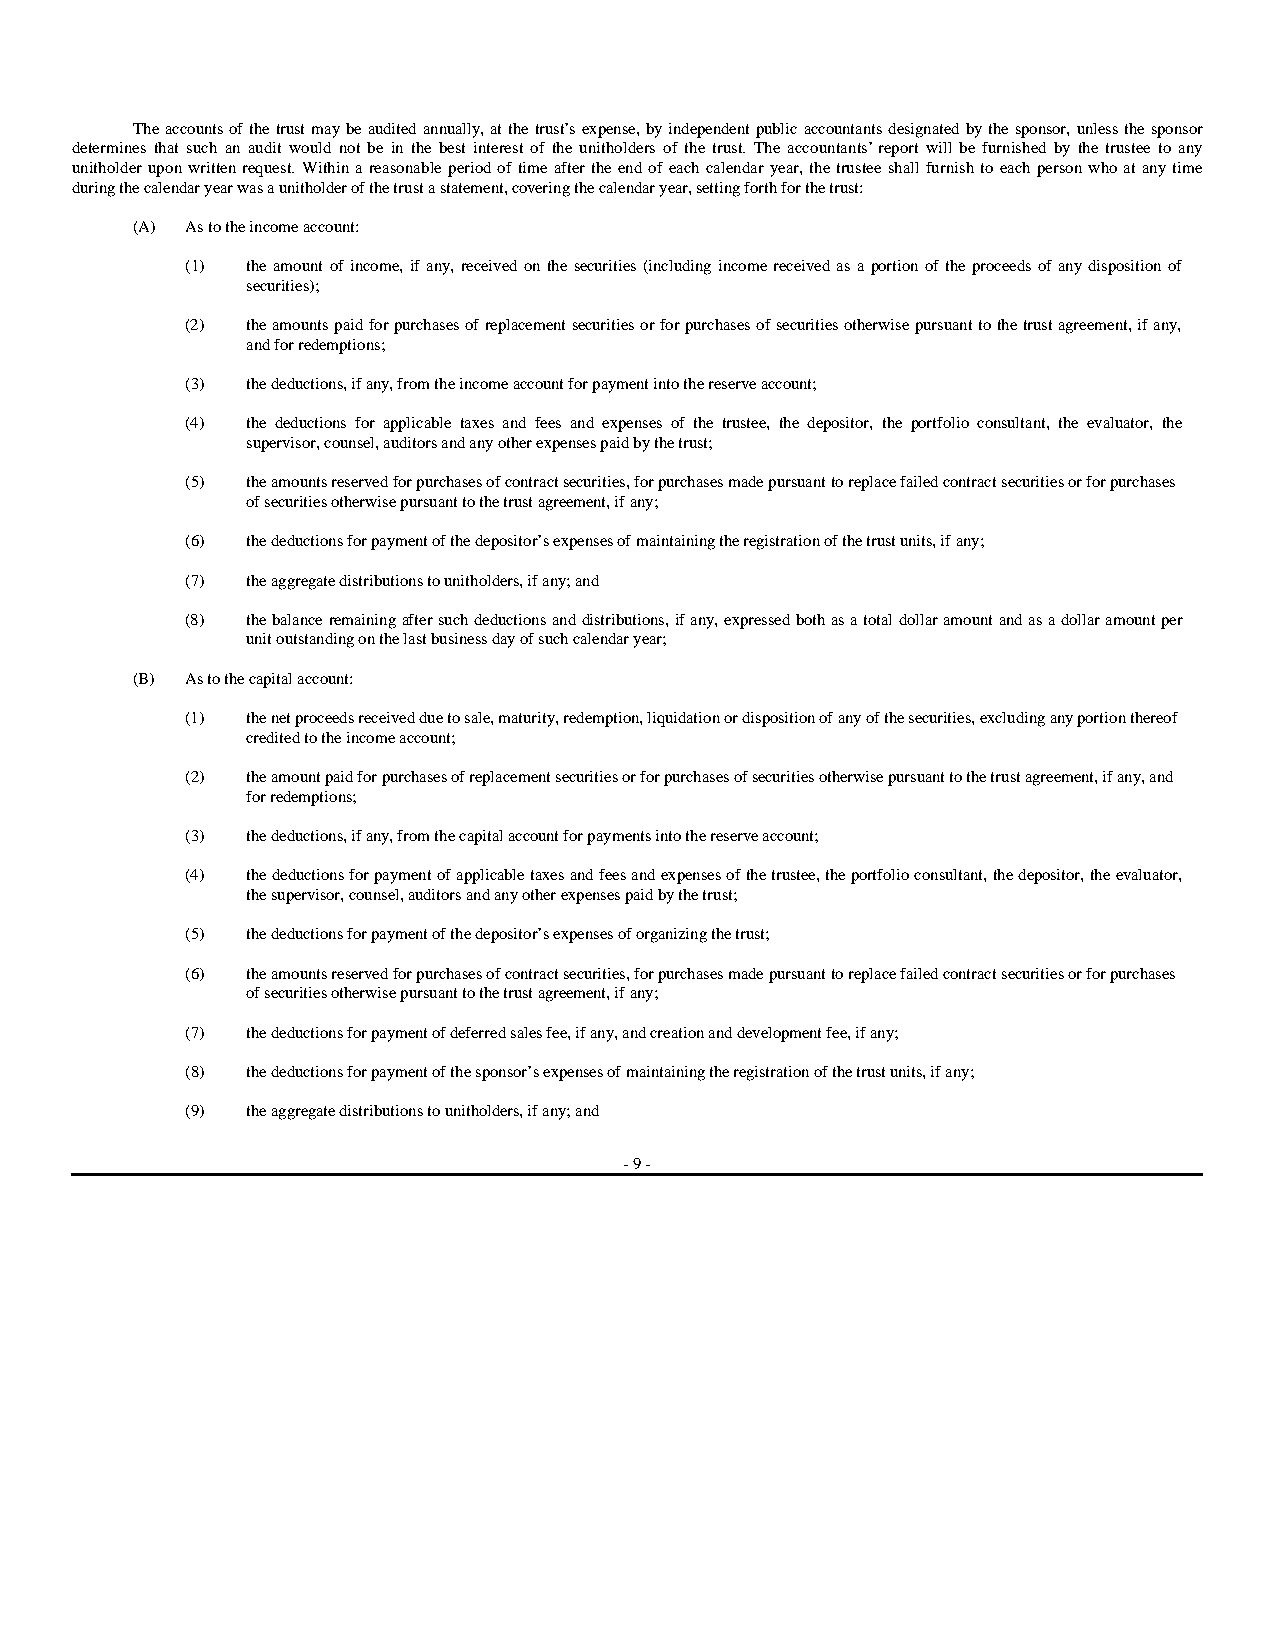
The accounts of the trust may be audited annually, at the trust’s expense, by independent public accountants designated by the sponsor, unless the sponsor
 determines that such an audit would not be in the best interest of the unitholders of the trust. The accountants’ report will be furnished by the trustee to any
 unitholder upon written request. Within a reasonable period of time after the end of each calendar year, the trustee shall furnish to each person who at any time
 during the calendar year was a unitholder of the trust a statement, covering the calendar year, setting forth for the trust:
 (A) As to the income account:
 (1) the amount of income, if any, received on the securities (including income received as a portion of the proceeds of any disposition of
 securities);
 (2) the amounts paid for purchases of replacement securities or for purchases of securities otherwise pursuant to the trust agreement, if any,
 and for redemptions;
 (3) the deductions, if any, from the income account for payment into the reserve account;
 (4) the deductions for applicable taxes and fees and expenses of the trustee, the depositor, the portfolio consultant, the evaluator, the
 supervisor, counsel, auditors and any other expenses paid by the trust;
 (5) the amounts reserved for purchases of contract securities, for purchases made pursuant to replace failed contract securities or for purchases
 of securities otherwise pursuant to the trust agreement, if any;
 (6) the deductions for payment of the depositor’s expenses of maintaining the registration of the trust units, if any;
 (7) the aggregate distributions to unitholders, if any; and
 (8) the balance remaining after such deductions and distributions, if any, expressed both as a total dollar amount and as a dollar amount per
 unit outstanding on the last business day of such calendar year;
 (B) As to the capital account:
 (1) the net proceeds received due to sale, maturity, redemption, liquidation or disposition of any of the securities, excluding any portion thereof
 credited to the income account;
 (2) the amount paid for purchases of replacement securities or for purchases of securities otherwise pursuant to the trust agreement, if any, and
 for redemptions;
 (3) the deductions, if any, from the capital account for payments into the reserve account;
 (4) the deductions for payment of applicable taxes and fees and expenses of the trustee, the portfolio consultant, the depositor, the evaluator,
 the supervisor, counsel, auditors and any other expenses paid by the trust;
 (5) the deductions for payment of the depositor’s expenses of organizing the trust;
 (6) the amounts reserved for purchases of contract securities, for purchases made pursuant to replace failed contract securities or for purchases
 of securities otherwise pursuant to the trust agreement, if any;
 (7) the deductions for payment of deferred sales fee, if any, and creation and development fee, if any;
 (8) the deductions for payment of the sponsor’s expenses of maintaining the registration of the trust units, if any;
 (9) the aggregate distributions to unitholders, if any; and
 - 9 -